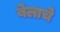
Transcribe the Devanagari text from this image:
बेलाचे